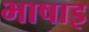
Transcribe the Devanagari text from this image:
भाषाइ